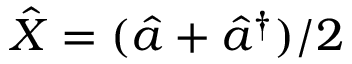
\hat { X } = ( \hat { a } + \hat { a } ^ { \dagger } ) / 2